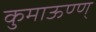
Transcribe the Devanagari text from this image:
कुमाऊण्ण्